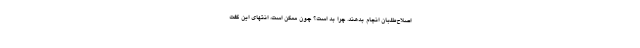
اصلاح‌طلبان انجام بدهند. چرا بد است؟ چون ممکن است، انتهای این گفت